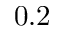
0 . 2